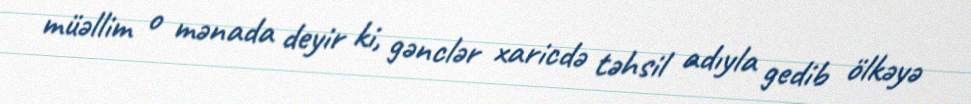
müəllim o mənada deyir ki, gənclər xaricdə təhsil adıyla gedib ölkəyə